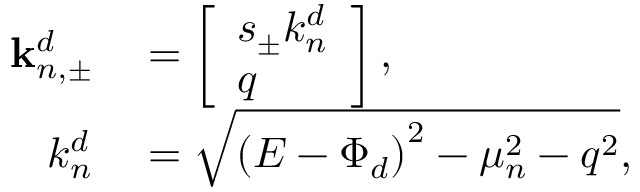
\begin{array} { r l } { \mathbf { k } _ { n , \pm } ^ { d } } & { { } = \left[ \begin{array} { l } { s _ { \pm } k _ { n } ^ { d } } \\ { q } \end{array} \right] , } \\ { k _ { n } ^ { d } } & { { } = \sqrt { \left( E - \Phi _ { d } \right) ^ { 2 } - \mu _ { n } ^ { 2 } - q ^ { 2 } } , } \end{array}